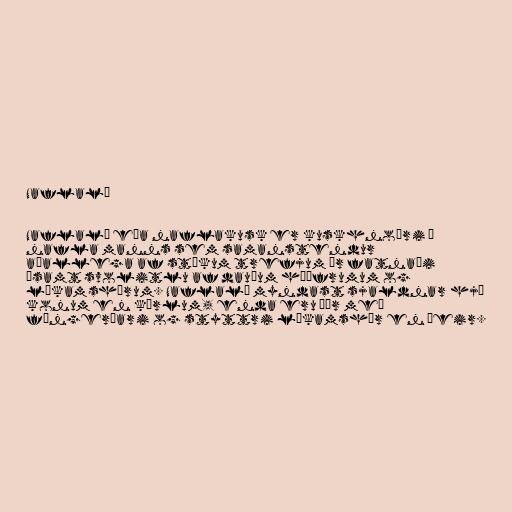
Naflaló

Naflaló eða naflakusk er kuskhnoðri í
nafla manns sem samanstendur
aðallega af stökum trefjum úr fatnaði
ásamt svolitlu af dauðum húðfrumum og
líkamshárum. Naflaló myndast sjaldnar hjá
konum en körlum, enda eru þær með
fíngerðari og styttri líkamshár en þeir.